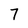
Character: 7